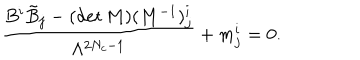
\frac { B ^ { i } \tilde { B } _ { { j } } - ( \det M ) ( M ^ { - 1 } ) _ { { j } } ^ { i } } { \Lambda ^ { 2 N _ { c } - 1 } } + m _ { j } ^ { i } = 0 .